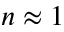
n \approx 1